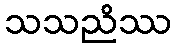
သသညိဿ